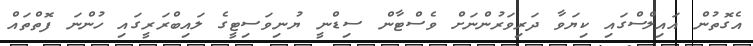
އެގޮތުން އައިލްސްގައި ކިޔަވާ ދަރިވަރުންނަށް ވެސްޓާން ސިޑްނީ ޔުނިވަސިޓީގެ ލައިބްރަރީގައި ހުންނަ ފޮތްތައް